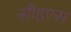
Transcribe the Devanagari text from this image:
सीइएस